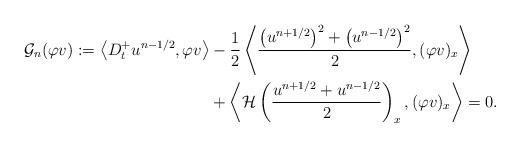
LaTeX: \begin{align*}\mathcal{G}_{n}(\varphi v) := \left< D^{+}_{t} u^{n-1/2}, \varphi v \right> &- \frac{1}{2} \left< \frac{\left(u^{n+1/2}\right)^{2} + \left(u^{n-1/2}\right)^{2}}{2}, (\varphi v)_{x} \right> \\&+ \left< \mathcal{H}\left( \frac{u^{n+1/2} + u^{n-1/2}}{2} \right)_{x}, (\varphi v)_{x} \right> = 0.\end{align*}